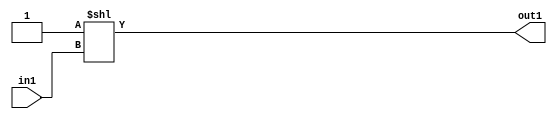
`timescale 1ps / 1ps
/*****************************************************************************
    Verilog RTL Description
    
    
    Created by: Stratus DpOpt 2019.1.01 
*******************************************************************************/

module DC_Filter_DECODE_16U_300_4 (
	in1,
	out1
	); /* architecture "behavioural" */ 
input [3:0] in1;
output [15:0] out1;
wire [15:0] asc001;

assign asc001 = 16'B0000000000000001 << in1;

assign out1 = asc001;
endmodule

/* CADENCE  ubD5Sgg= : u9/ySgnWtBlWxVPRXgAZ4Og= ** DO NOT EDIT THIS LINE ******/